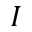
I